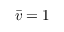
\bar { v } = 1